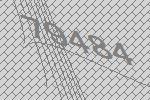
79484